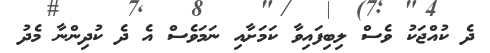
ދެ ކުއްޖަކު ވެސް ލިބިފައިވާ ކަމަށާއި ނަމަވެސް އެ ދެ ކުދިންނާ މެދު